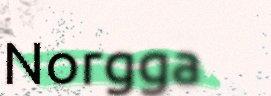
Norgga